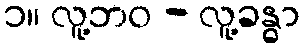
၁။ လူ့ဘဝ - လူ့ခန္ဓာ